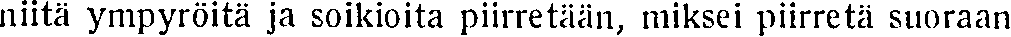
niitä ympyröitä ja soikioita piirretään, miksei piirretä suoraan